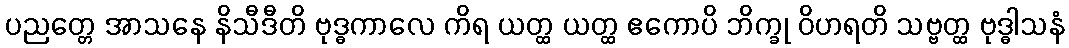
ပညတ္တေ အာသနေ နိသီဒီတိ ဗုဒ္ဓကာလေ ကိရ ယတ္ထ ယတ္ထ ဧကောပိ ဘိက္ခု ဝိဟရတိ သဗ္ဗတ္ထ ဗုဒ္ဓါသနံ